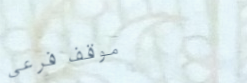
موقف فرعي